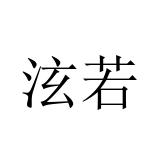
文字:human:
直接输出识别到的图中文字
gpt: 泫若